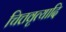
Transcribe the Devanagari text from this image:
चित्तवृत्यादि